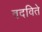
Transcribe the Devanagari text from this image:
वदविते